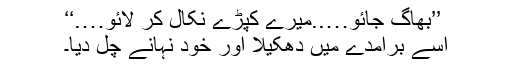
’’بھاگ جائو…..میرے کپڑے نکال کر لائو….‘‘
اسے برآمدے میں دھکیلا اور خود نہانے چل دیا۔